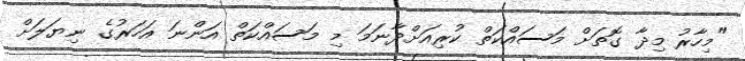
"މިހާރު މިދާ ގޮތަށް މަސައްކަތް ކުރިއަށްދާނަމަ މި މަސައްކަތް އަންނަ އަހަރުގެ ނިޔަލަށް